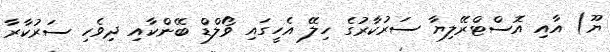
ޔޫ) އާއި އޮސްޓްރޭލިޔާ ސަރުކާރުގެ ހިލޭ އެހީގައި ވޯލްޑް ބޭންކާއި ދިވެހި ސަރުކާރާ